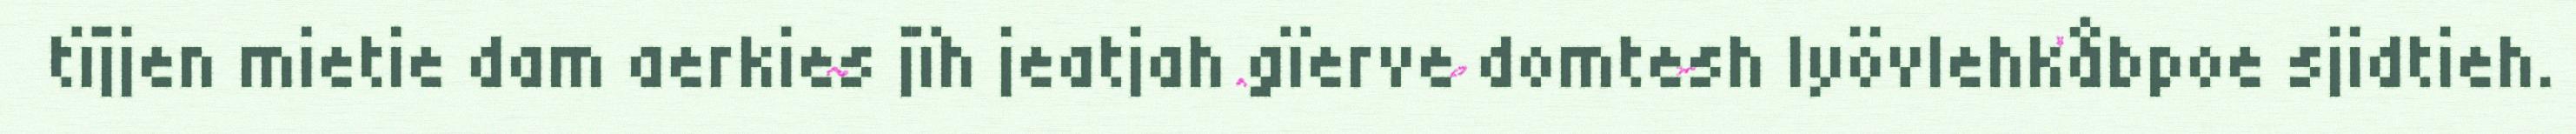
tïjjen mietie dam aerkies jïh jeatjah gïerve domtesh lyövlehkåbpoe sjidtieh.